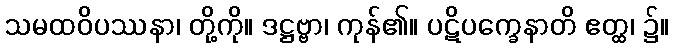
သမထဝိပဿနာ၊ တို့ကို။ ဒဋ္ဌဗ္ဗာ၊ ကုန်၏။ ပဋိပက္ခေနာတိ ဧတ္ထ၊ ၌။